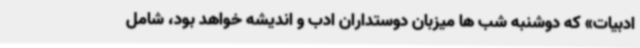
ادبیات» که دوشنبه شب ها میزبان دوستداران ادب و اندیشه خواهد بود، شامل